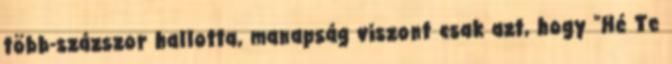
több-százszor hallotta, manapság viszont csak azt, hogy "Hé Te